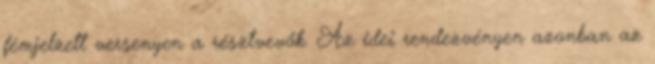
fémjelzett versenyen a résztvevők. Az idei rendezvényen azonban az